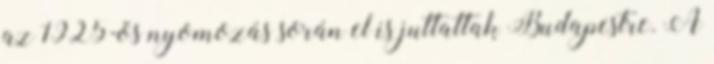
az 1925-ös nyomozás során el is juttattak Budapestre. A